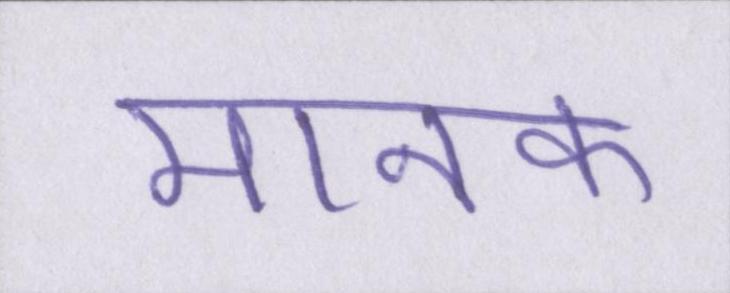
मानक